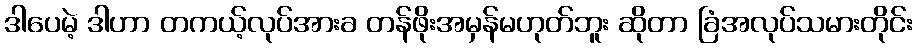
ဒါပေမဲ့ ဒါဟာ တကယ့်လုပ်အားခ တန်ဖိုးအမှန်မဟုတ်ဘူး ဆိုတာ ခြံအလုပ်သမားတိုင်း